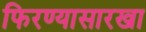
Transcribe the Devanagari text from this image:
फिरण्यासारखा